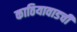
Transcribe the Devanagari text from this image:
काठियावाडची